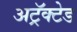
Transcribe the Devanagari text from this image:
अट्रॅक्टेड